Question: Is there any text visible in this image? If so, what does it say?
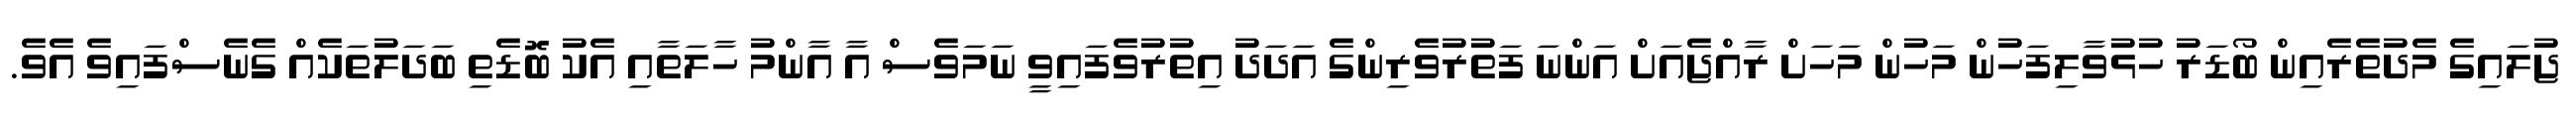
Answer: ޖުލައިގެ މެދުތެރެއިން ބޯޑަރު ހުޅުވާލިފަހުން މަހުން މަހަށް ރާއްޖެއަށް އަންނަ ފަތުރުވެރިންގެ އަދަދު އިތުރުވެފައިވީ ނަމަވެސް އާ އާންމު ހާލަތާއި އެކު ބޮޑެތި ބަދަލުތަކެއް ގެނެސްފައިވެ އެވެ.